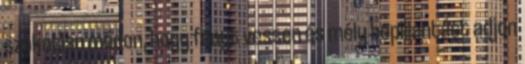
szokatlan módon, hogy fényt vessen és mély bepillantást adjon